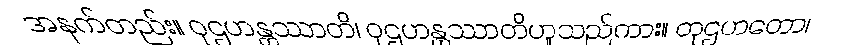
အနက်တည်း။ ဝုဌဟန္တဿာတိ၊ ဝုဌဟန္တဿာတိဟူသည်ကား။ တုဌဟတော၊